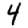
Digit: 4